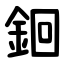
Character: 䤧